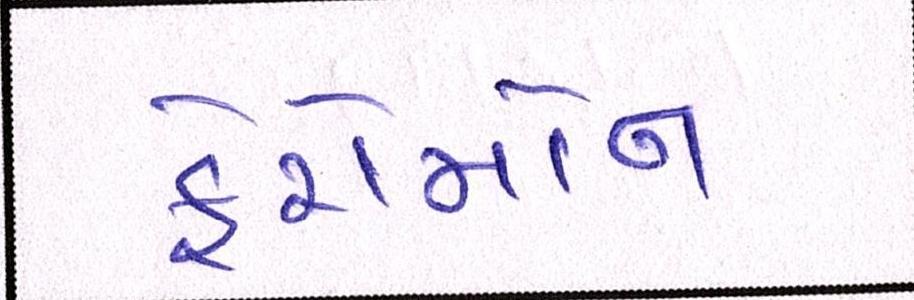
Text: ફેરોમોન